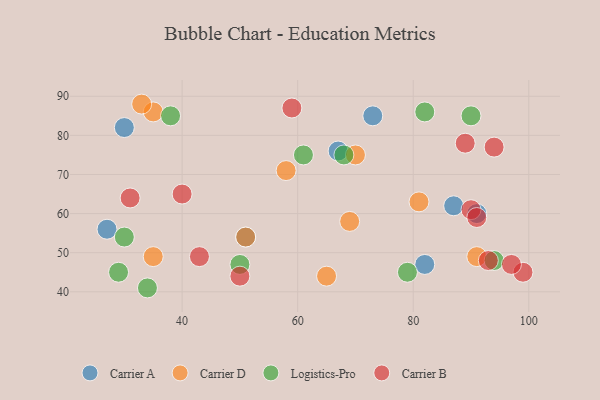
{"axis": {"x": "GDP", "y": "Life Expectancy"}, "legend": ["Carrier A", "Carrier B", "Carrier D", "Logistics-Pro"], "data": [{"x": "67", "y": 76, "type": "Carrier A"}, {"x": "73", "y": 85, "type": "Carrier A"}, {"x": "27", "y": 56, "type": "Carrier A"}, {"x": "87", "y": 62, "type": "Carrier A"}, {"x": "91", "y": 60, "type": "Carrier A"}, {"x": "51", "y": 54, "type": "Carrier A"}, {"x": "30", "y": 82, "type": "Carrier A"}, {"x": "82", "y": 47, "type": "Carrier A"}, {"x": "69", "y": 58, "type": "Carrier D"}, {"x": "70", "y": 75, "type": "Carrier D"}, {"x": "58", "y": 71, "type": "Carrier D"}, {"x": "35", "y": 86, "type": "Carrier D"}, {"x": "35", "y": 49, "type": "Carrier D"}, {"x": "33", "y": 88, "type": "Carrier D"}, {"x": "51", "y": 54, "type": "Carrier D"}, {"x": "81", "y": 63, "type": "Carrier D"}, {"x": "91", "y": 49, "type": "Carrier D"}, {"x": "65", "y": 44, "type": "Carrier D"}, {"x": "38", "y": 85, "type": "Logistics-Pro"}, {"x": "90", "y": 85, "type": "Logistics-Pro"}, {"x": "34", "y": 41, "type": "Logistics-Pro"}, {"x": "82", "y": 86, "type": "Logistics-Pro"}, {"x": "50", "y": 47, "type": "Logistics-Pro"}, {"x": "79", "y": 45, "type": "Logistics-Pro"}, {"x": "29", "y": 45, "type": "Logistics-Pro"}, {"x": "94", "y": 48, "type": "Logistics-Pro"}, {"x": "68", "y": 75, "type": "Logistics-Pro"}, {"x": "61", "y": 75, "type": "Logistics-Pro"}, {"x": "30", "y": 54, "type": "Logistics-Pro"}, {"x": "90", "y": 61, "type": "Carrier B"}, {"x": "99", "y": 45, "type": "Carrier B"}, {"x": "91", "y": 59, "type": "Carrier B"}, {"x": "93", "y": 48, "type": "Carrier B"}, {"x": "40", "y": 65, "type": "Carrier B"}, {"x": "43", "y": 49, "type": "Carrier B"}, {"x": "59", "y": 87, "type": "Carrier B"}, {"x": "31", "y": 64, "type": "Carrier B"}, {"x": "50", "y": 44, "type": "Carrier B"}, {"x": "89", "y": 78, "type": "Carrier B"}, {"x": "97", "y": 47, "type": "Carrier B"}, {"x": "94", "y": 77, "type": "Carrier B"}]}